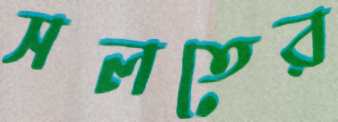
সলতের